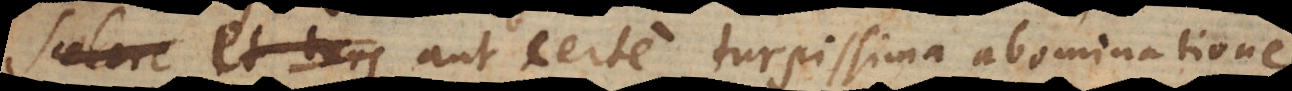
scelere et turp aut certe turpissima abominatione